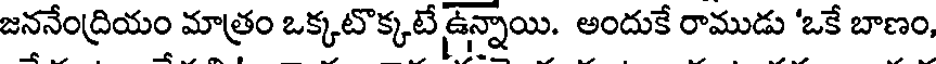
జననేంద్రియం మాత్రం ఒక్కటొక్కటే ఉన్నాయి. అందుకే రాముడు 'ఒకే బాణం,